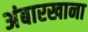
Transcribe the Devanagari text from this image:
अंबारखाना